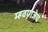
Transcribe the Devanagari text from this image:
म्हवणजेच